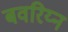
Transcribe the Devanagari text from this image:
बवरिय्न